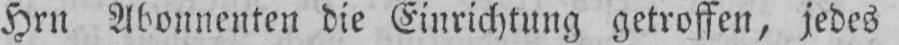
Hrn Abonnenten die Einrichtung getroffen, jedes